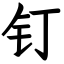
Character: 钉